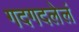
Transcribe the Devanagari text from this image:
गदगदलेलं